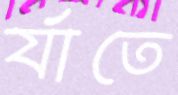
র‍্যাতে